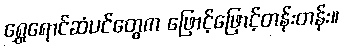
ရွှေရောင်ဆံပင်တွေက ဖြောင့်ဖြောင့်တန်းတန်း။